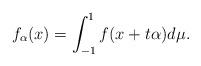
LaTeX: \begin{align*}f_{\alpha}(x) = \int_{-1}^{1} f(x+t\alpha) d\mu.\end{align*}